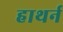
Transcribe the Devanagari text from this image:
हाथर्न